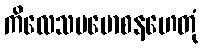
ကိလေသပမောစနဟေတုံ